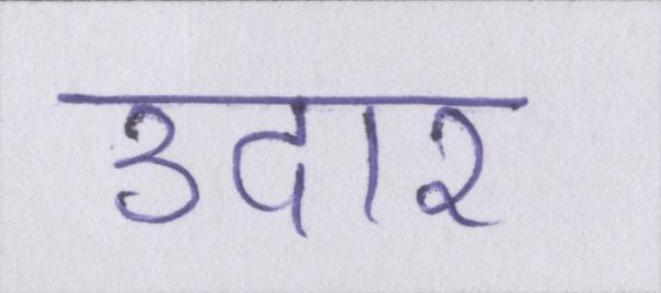
उदार